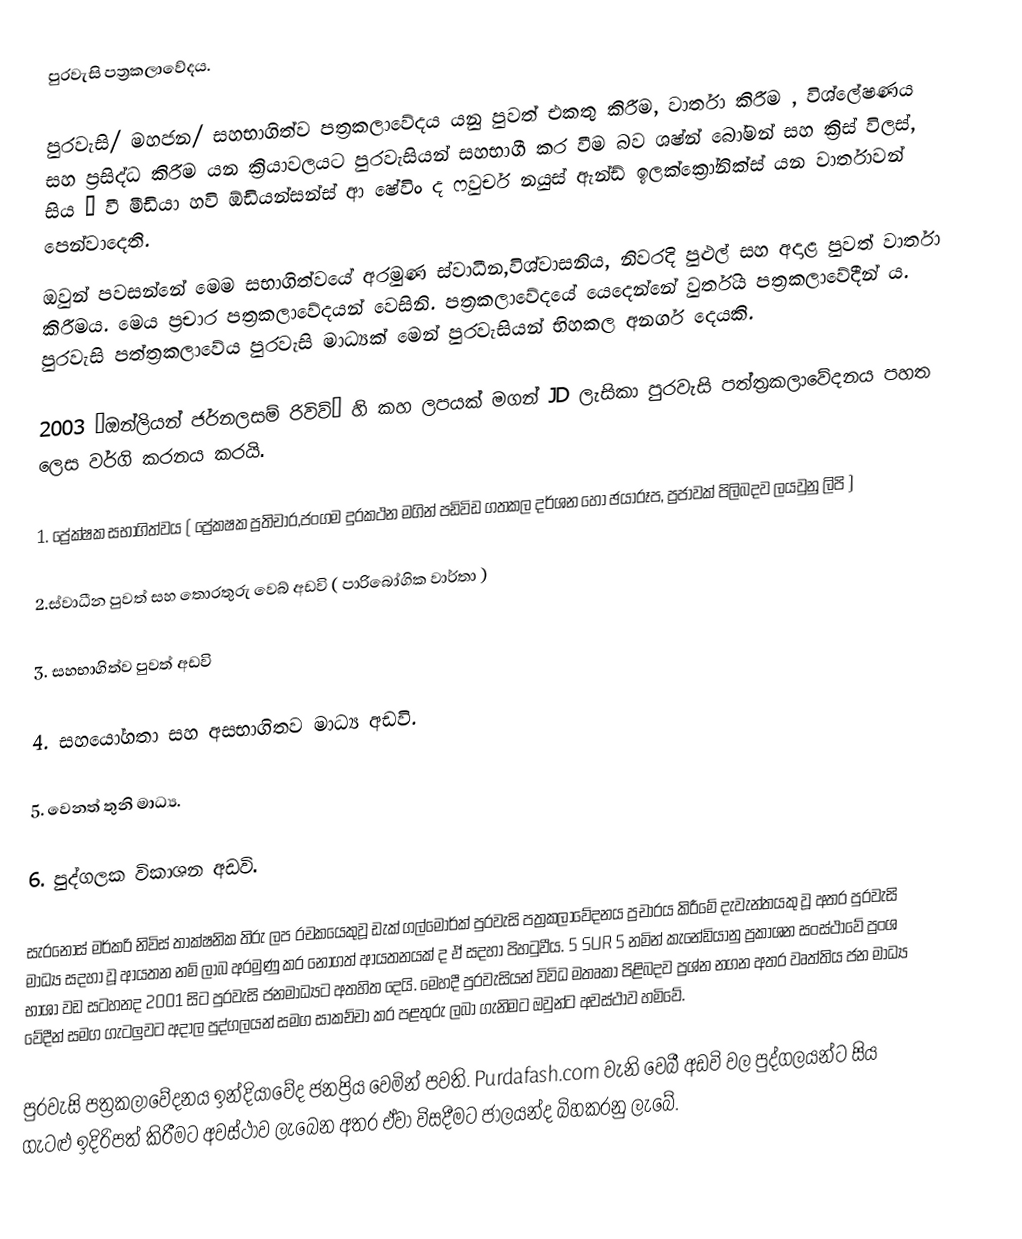
පුරවැසි පත්‍රකලාවේදය.

පුරවැසි/ මහජන/ සහභාගිත්ව පත්‍රකලාවේදය යනු පුවත් එකතු කිරීම, වාර්තා කිරීම , විශ්ලේෂණය සහ ප්‍රසිද්ධ කිරීම යන ක්‍රියාවලයට පුරවැසියන් සහභාගී කර වීම බව ශෂ්න් බෝමන් සහ ක්‍රිස් විලස්, සිය “ වී මීඩියා හවි ඕඩියන්සන්ස් ආ ෂේවිං ද ෆවුචර් නයුස් ඇන්ඩ් ඉලක්ක්‍රෝනික්ස් යන වාර්තාවන් පෙන්වාදෙති.
ඔවුන් පවසන්නේ මෙම සභාගිත්වයේ අරමුණ ස්වාධීන,විශ්වාසනිය, නිවරදි  පුළුල් සහ අදාළ පුවත් වාර්තා කිරීමය. මෙය ප්‍රචාර පත්‍රකලාවේදයන් වෙසිනි. පත්‍රකලාවේදයේ යෙදෙන්නේ වුර්තිය පත්‍රකලාවේදීන් ය. පුරවැසි පත්ත්‍රකලාවේය පුරවැසි මාධ්‍යක් මෙන් පුරවැසියන් භිහකල අනර්ග දෙයකි.

2003 ‘ඔන්ලියන් ජර්නලසම් රිවිව්’ හි කහ ලපයක් මගන් JD ලැසිකා පුරවැසි පත්ත්‍රකලාවේදනය පහත ලෙස වර්ගි කරනය කරයි.

1. ප්‍රේක්ෂක සභාගිත්වය ( ප්‍රේකෂක ප්‍රතිචාර,ජංගම දුරකථන මගින් පඩිවිඩ ගතකල දර්ශන හෝ ඡයාරූප, ප්‍රජාවක් පිලිබදව ලයවුනු ලිපි )

2.ස්වාධීන පුවත් සහ තොරතුරු වෙබ් අඩවි ( පාරිබෝගික වාර්තා )

3. සහභාගිත්ව පුවත් අඩවි

4. සහයෝගතා සහ අසභාගිතව මාධ්‍ය අඩවි.

5. වෙනත් තුනි මාධ්‍ය.

6. පුද්ගලක විකාශන අඩවි.

සැරනොස් මර්කරි නිවිස් තාක්ෂනික තිරු ලප රචකයෙකුවූ ඩැක් ගල්මෝර්ක් පුරවැසි පත්‍රකලාවේදනය ප්‍රචාරය කිරීමේ දැවැන්තයකු වූ අතර පුරවැසි මාධ්‍ය සදහා වූ ආයතන නම් ලාබ අරමුණු කර නොගත් ආයතනයක් ද ඒ සදහා පිහටුවීය. 5 SUR 5 නමින් කැනේඩියානු ප්‍රකාශන සංස්ථාවේ ප්‍රංශ භාශා වඩ සටහනද 2001  සිට පුරවැසි ජනමාධ්‍යට අතහිත දෙයි. මෙහදී පුරවැසියන් විවිධ මතෘකා පිළිබදව ප්‍රශ්න නගන අතර වෘත්තිය ජන මාධ්‍ය වේදීන් සමග ගැටලුවට අදාල පුද්ගලයන් සමග සාකච්චා කර පළතුරු ලබා ගැනිමට ඔවුන්ට අවස්ථාව හමිවේ.

පුරවැසි පත්‍රකලාවේදනය ඉන්දියාවේද ජනප්‍රිය වෙමින් පවති. Purdafash.com වැනි වෙබී අඩවි වල පුද්ගලයන්ට සිය ගැටළු ඉදිරිපත් කිරීමට අවස්ථාව ලැබෙන අතර ඒවා විසදීමට ජාලයන්ද බිහකරනු ලැබේ.